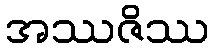
အဿဇိဿ